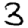
Digit: 3